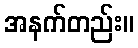
အနက်တည်း။